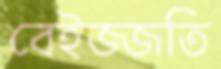
বেইজ্জতি